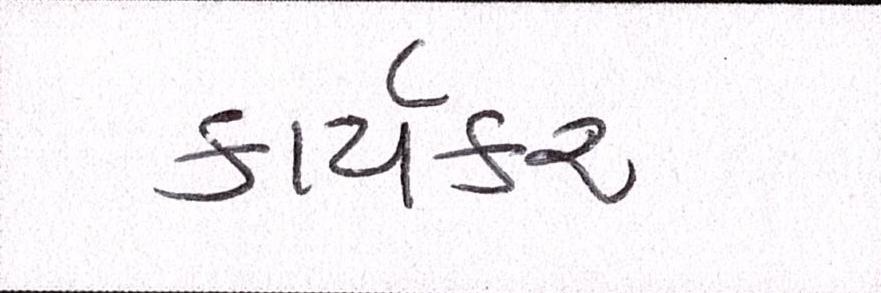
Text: કાર્યકર